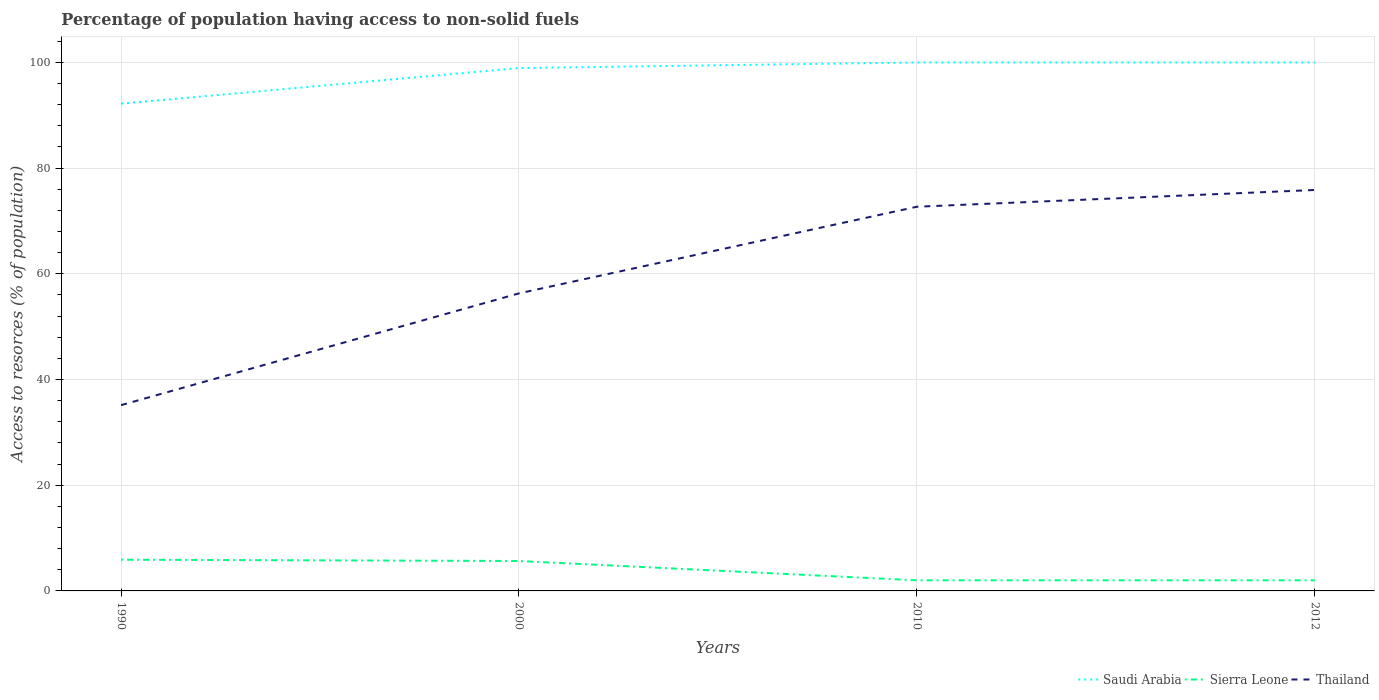
| Years | Saudi Arabia | Sierra Leone | Thailand |
 | --- | --- | --- | --- |
 | 1990 | 92.2 | 5.91 | 35.2 |
 | 2000 | 98.9 | 5.66 | 56.3 |
 | 2010 | 100 | 2 | 72.7 |
 | 2012 | 100 | 2 | 75.9 |